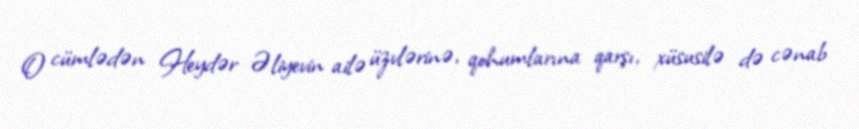
O cümlədən Heydər Əliyevin ailə üzvlərinə, qohumlarına qarşı, xüsusilə də cənab